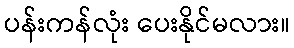
ပန်းကန်လုံး ပေးနိုင်မလား။